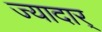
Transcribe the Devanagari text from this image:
ज्यादार्